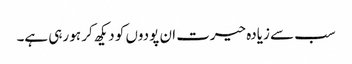
سب سے زیادہ حیرت ان پودوں کو دیکھ کر ہو رہی ہے۔